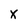
Character: x